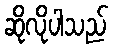
ဆိုလိုပါသည်